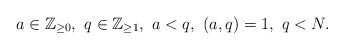
LaTeX: \begin{align*}a\in\mathbb{Z}_{\geq 0},\ q\in\mathbb{Z}_{\geq 1},\ a<q,\ (a,q)=1,\ q<N. \end{align*}